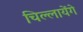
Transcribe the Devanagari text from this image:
चिल्लायेंगे